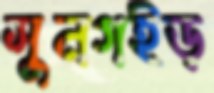
সুনগইড়